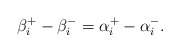
\begin{align*}\beta_i^+-\beta_i^-=\alpha_i^+-\alpha_i^-.\end{align*}